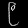
Digit: ၉